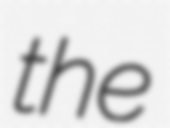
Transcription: the